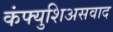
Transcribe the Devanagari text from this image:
कंफ्युशिअसवाद